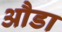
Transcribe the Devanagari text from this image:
औडा